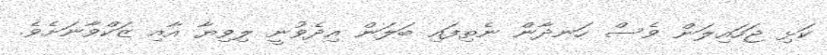
ކަޅި ޖަހައިލަން ވެސް ހަނދާން ނެތިފައި ބަލަން އިދެވުނީ ލިވިޔާ އާއި ޒަކްވާނަށެވެ.